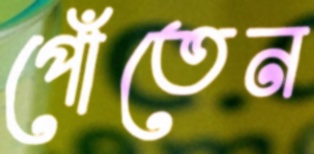
পোঁতেন